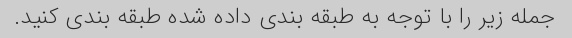
جمله زیر را با توجه به طبقه بندی داده شده طبقه بندی کنید.